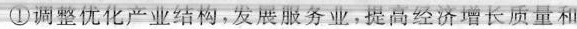
①调整优化产业结构，发展服务业，提高经济增长质量和